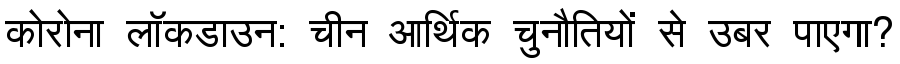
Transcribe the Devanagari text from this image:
कोरोना लॉकडाउन: चीन आर्थिक चुनौतियों से उबर पाएगा?